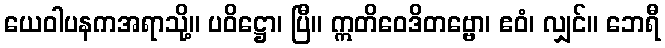
ယေဝါပနကအရာသို့။ ပဝိဋ္ဌော၊ ပြီ။ ဣတိဝေဒိတဗ္ဗော၊ ဧဝံ၊ လျှင်။ ဘေရီ